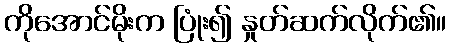
ကိုအောင်မိုးက ပြုံး၍ နှုတ်ဆက်လိုက်၏။